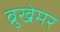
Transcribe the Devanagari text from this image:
ब्रुखेमर